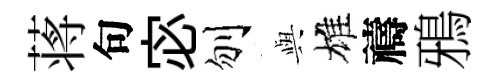
蒋句宓刎𫤰雄禱鴉